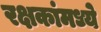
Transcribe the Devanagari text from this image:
रक्षकांमध्ये